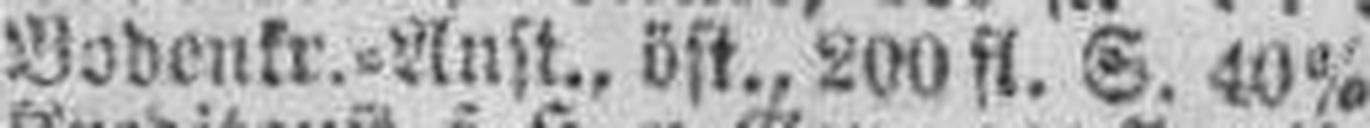
Bodenkr.=Anst., öft., 200 fl. S. 40%